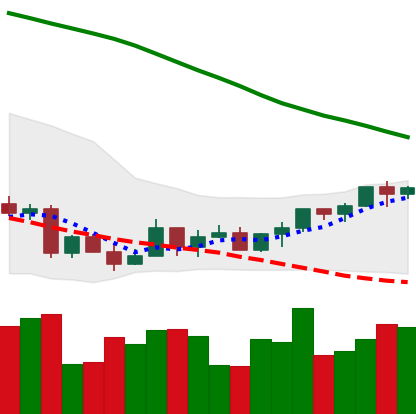
Ticker: LTC-USD
Chart end date: 2022-03-21
Forward return: 7.509%
Label: up_7plus